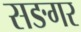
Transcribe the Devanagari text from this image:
सङगर